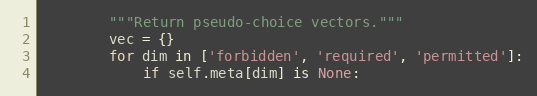
Language: Python
        """Return pseudo-choice vectors."""
        vec = {}
        for dim in ['forbidden', 'required', 'permitted']:
            if self.meta[dim] is None: